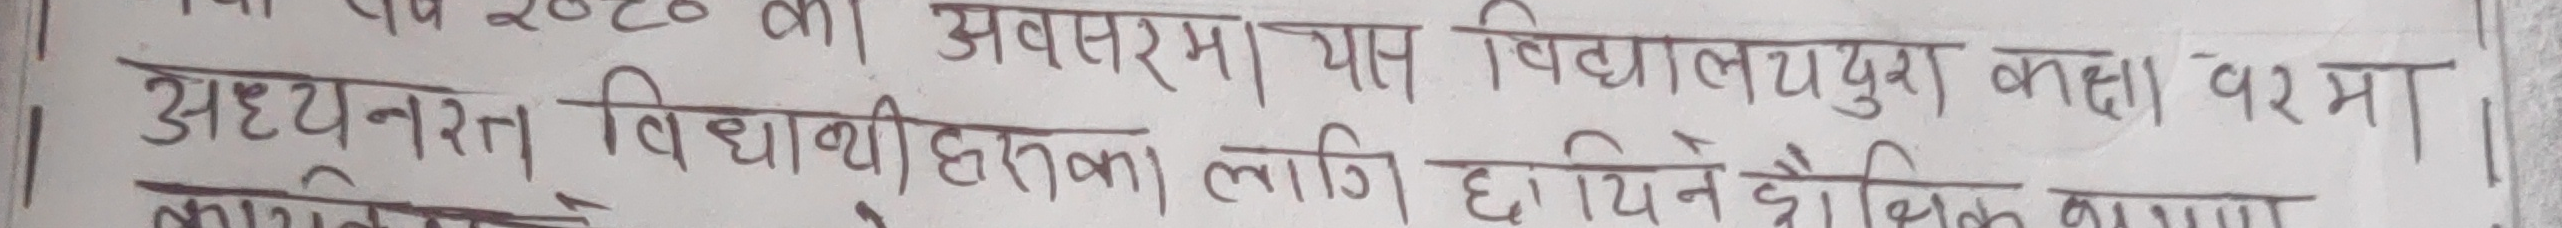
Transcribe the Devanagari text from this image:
20८० का अवसरमा यस विद्यालययुक कक्षा वर्षमा
अध्ययनरत विद्यार्थीहरुका लागि दिइने शैक्षिक भाका